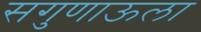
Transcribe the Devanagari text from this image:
सगुणाऊला